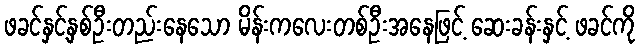
ဖခင်နှင့်နှစ်ဦးတည်းနေသော မိန်းကလေးတစ်ဦးအနေဖြင့် ဆေးခန်းနှင့် ဖခင်ကို